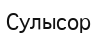
Сулысор